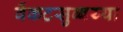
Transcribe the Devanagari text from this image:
वेंकटसुब्बय्या